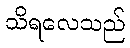
သိရလေသည်